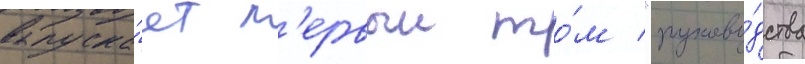
выпуска́ет п'ервыи то́м "руково́дства